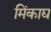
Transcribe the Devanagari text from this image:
मिंकाद्य